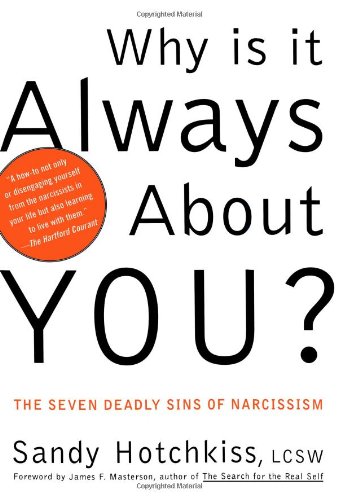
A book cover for Why Is It Always About You? : The Seven Deadly Sins of Narcissism; Sandy Hotchkiss; Self-Help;